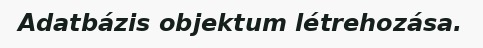
Adatbázis objektum létrehozása.